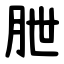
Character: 朑